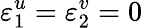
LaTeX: \varepsilon_{1}^{u}=\varepsilon_{2}^{v}=0